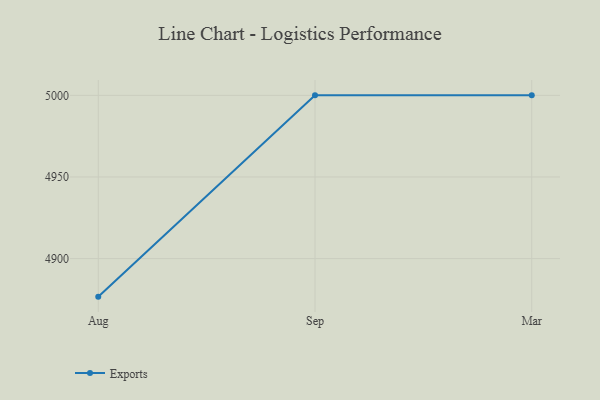
{"axis": {"x": "Month", "y": "Backlog"}, "legend": ["Exports"], "data": [{"x": "Aug", "y": 4876.7, "type": "Exports"}, {"x": "Sep", "y": 5000, "type": "Exports"}, {"x": "Mar", "y": 5000, "type": "Exports"}]}